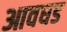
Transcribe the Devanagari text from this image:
आवघड